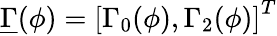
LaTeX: \underline{{\Gamma}}(\phi)=\left[\Gamma_{0}(\phi),\Gamma_{2}(\phi)\right]^{T}